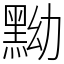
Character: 黝